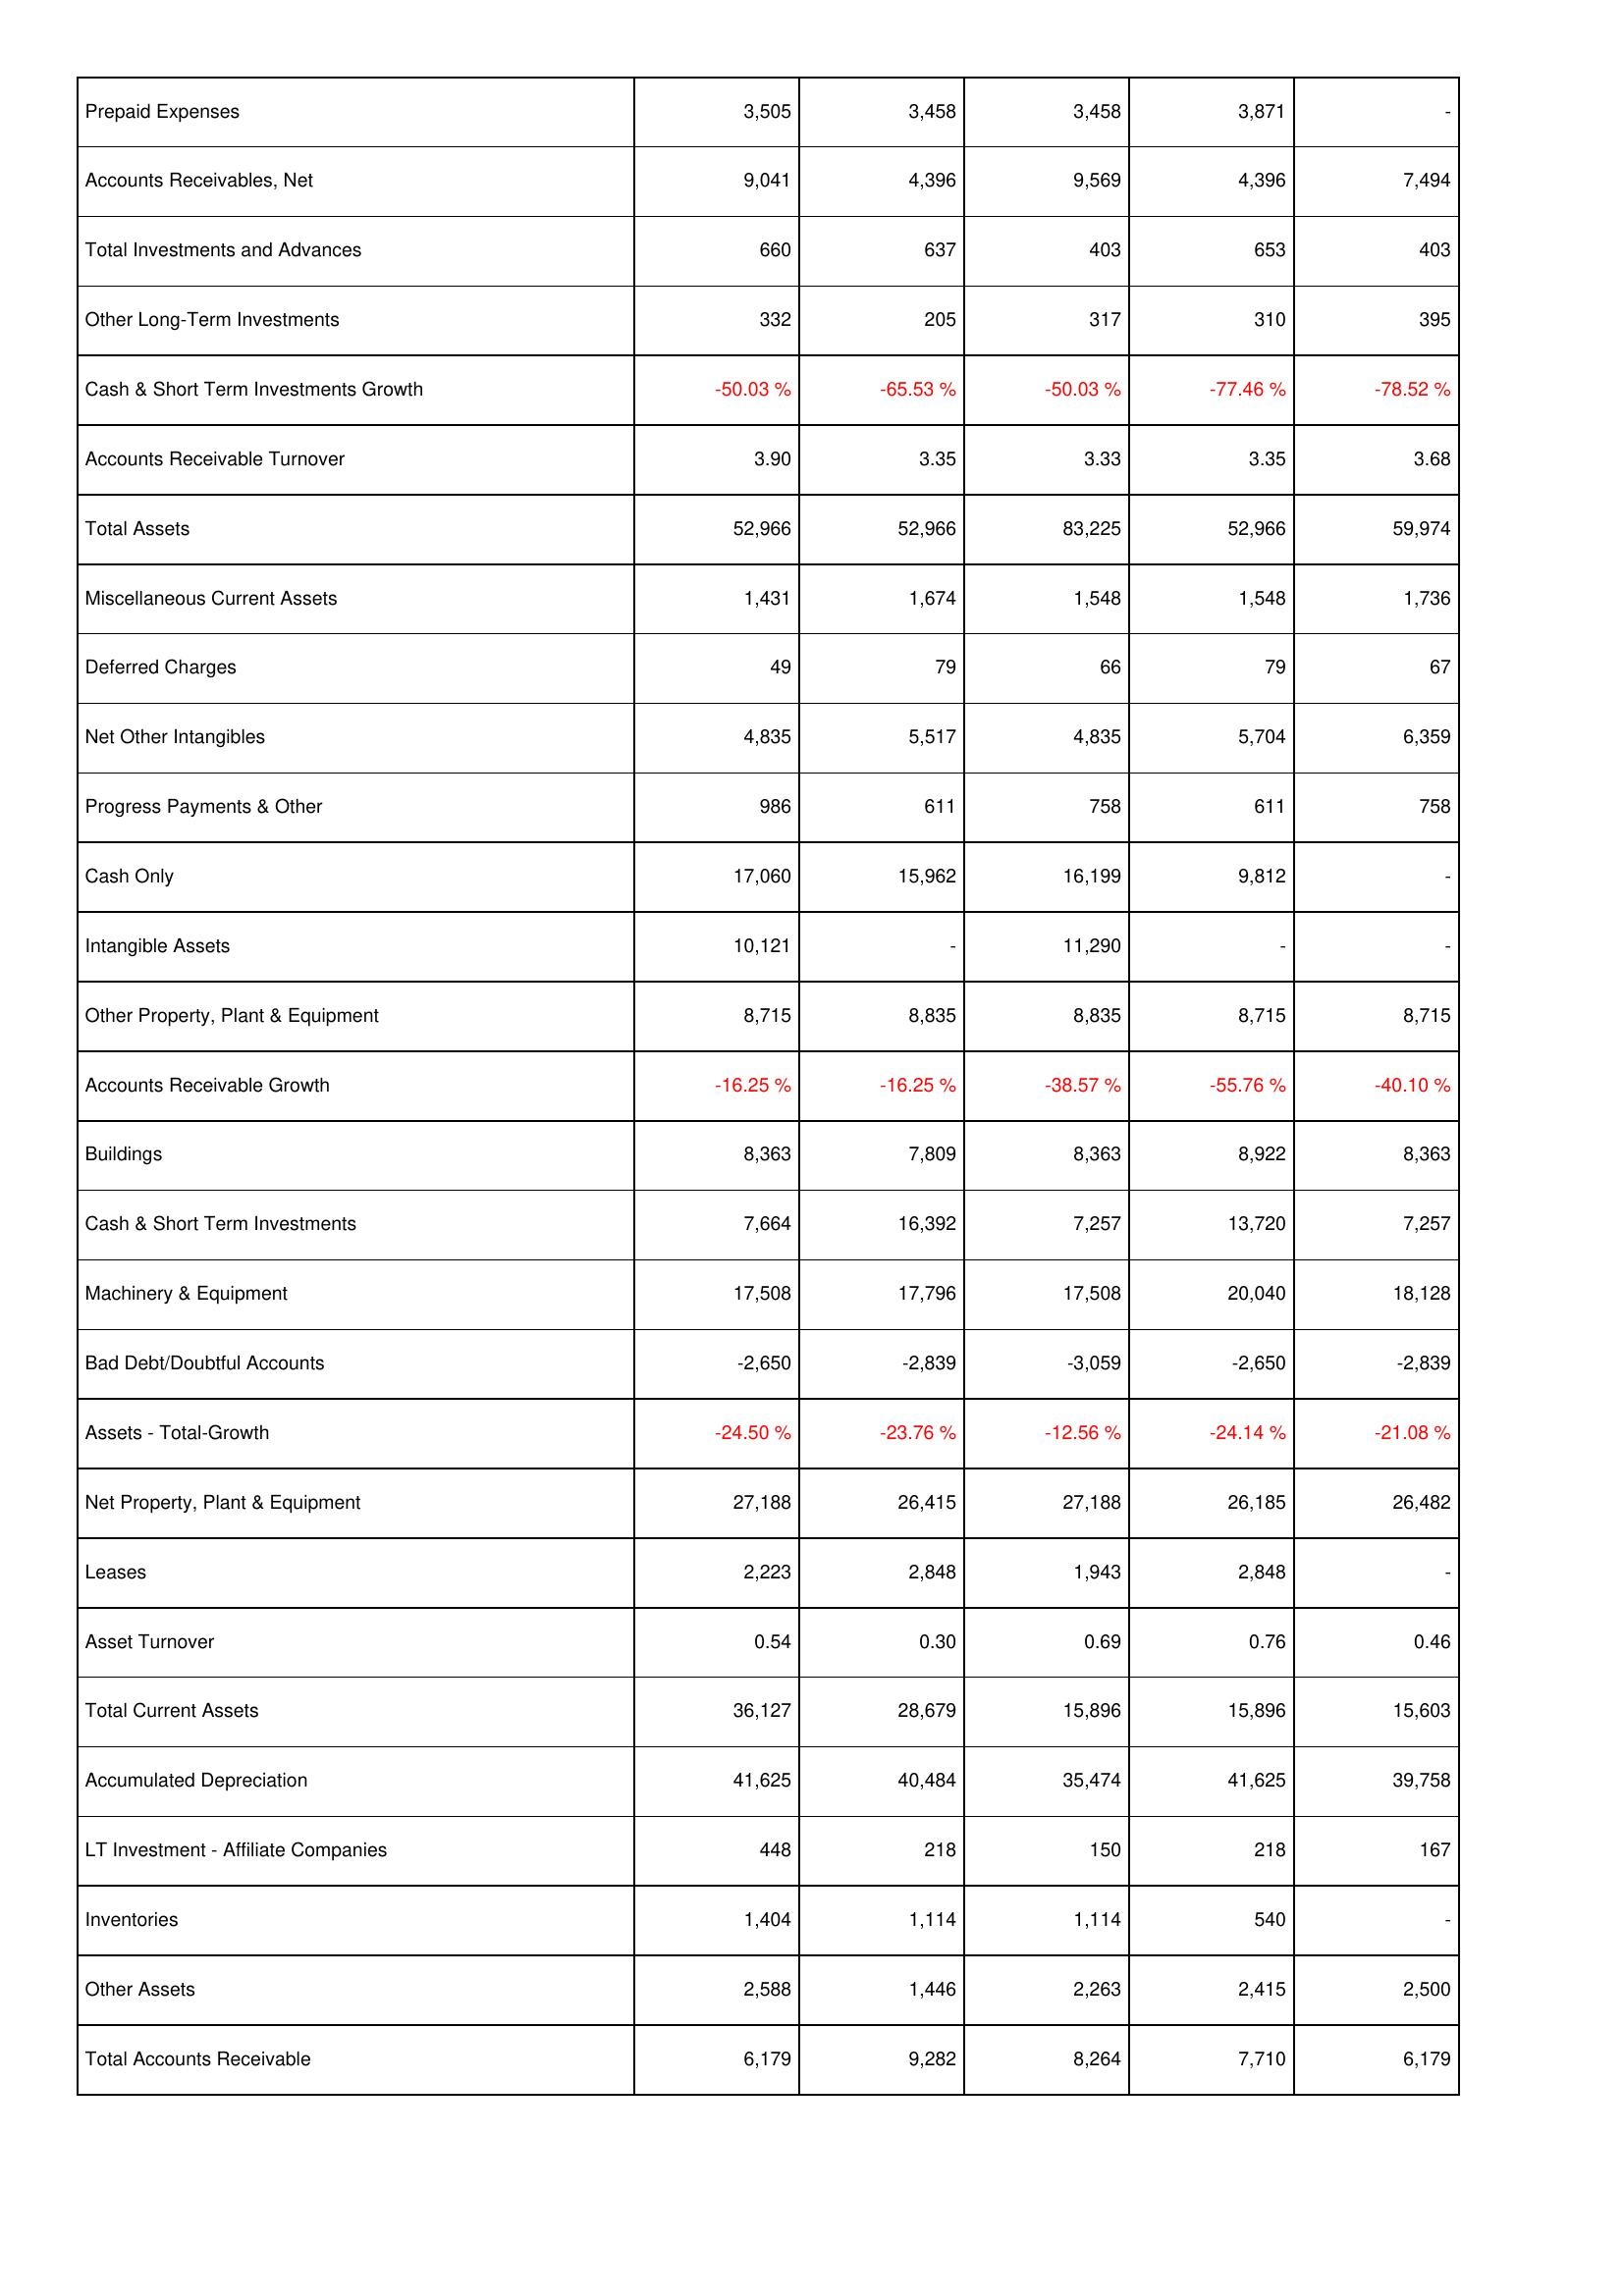
2016: Assets: Prepaid Expenses: 3,505
Accounts Receivables, Net: 9,041
Total Investments and Advances: 660
Other Long-Term Investments: 332
Cash & Short Term Investments Growth: -50.03 %
Accounts Receivable Turnover: 3.90
Total Assets: 52,966
Miscellaneous Current Assets: 1,431
Deferred Charges: 49
Net Other Intangibles: 4,835
Progress Payments & Other: 986
Cash Only: 17,060
Intangible Assets: 10,121
Other Property, Plant & Equipment: 8,715
Accounts Receivable Growth: -16.25 %
Buildings: 8,363
Cash & Short Term Investments: 7,664
Machinery & Equipment: 17,508
Bad Debt/Doubtful Accounts: -2,650
Assets - Total-Growth: -24.50 %
Net Property, Plant & Equipment: 27,188
Leases: 2,223
Asset Turnover: 0.54
Total Current Assets: 36,127
Accumulated Depreciation: 41,625
LT Investment - Affiliate Companies: 448
Inventories: 1,404
Other Assets: 2,588
Total Accounts Receivable: 6,179
2015: Assets: Prepaid Expenses: 3,458
Accounts Receivables, Net: 4,396
Total Investments and Advances: 637
Other Long-Term Investments: 205
Cash & Short Term Investments Growth: -65.53 %
Accounts Receivable Turnover: 3.35
Total Assets: 52,966
Miscellaneous Current Assets: 1,674
Deferred Charges: 79
Net Other Intangibles: 5,517
Progress Payments & Other: 611
Cash Only: 15,962
Intangible Assets: -
Other Property, Plant & Equipment: 8,835
Accounts Receivable Growth: -16.25 %
Buildings: 7,809
Cash & Short Term Investments: 16,392
Machinery & Equipment: 17,796
Bad Debt/Doubtful Accounts: -2,839
Assets - Total-Growth: -23.76 %
Net Property, Plant & Equipment: 26,415
Leases: 2,848
Asset Turnover: 0.30
Total Current Assets: 28,679
Accumulated Depreciation: 40,484
LT Investment - Affiliate Companies: 218
Inventories: 1,114
Other Assets: 1,446
Total Accounts Receivable: 9,282
2014: Assets: Prepaid Expenses: 3,458
Accounts Receivables, Net: 9,569
Total Investments and Advances: 403
Other Long-Term Investments: 317
Cash & Short Term Investments Growth: -50.03 %
Accounts Receivable Turnover: 3.33
Total Assets: 83,225
Miscellaneous Current Assets: 1,548
Deferred Charges: 66
Net Other Intangibles: 4,835
Progress Payments & Other: 758
Cash Only: 16,199
Intangible Assets: 11,290
Other Property, Plant & Equipment: 8,835
Accounts Receivable Growth: -38.57 %
Buildings: 8,363
Cash & Short Term Investments: 7,257
Machinery & Equipment: 17,508
Bad Debt/Doubtful Accounts: -3,059
Assets - Total-Growth: -12.56 %
Net Property, Plant & Equipment: 27,188
Leases: 1,943
Asset Turnover: 0.69
Total Current Assets: 15,896
Accumulated Depreciation: 35,474
LT Investment - Affiliate Companies: 150
Inventories: 1,114
Other Assets: 2,263
Total Accounts Receivable: 8,264
2013: Assets: Prepaid Expenses: 3,871
Accounts Receivables, Net: 4,396
Total Investments and Advances: 653
Other Long-Term Investments: 310
Cash & Short Term Investments Growth: -77.46 %
Accounts Receivable Turnover: 3.35
Total Assets: 52,966
Miscellaneous Current Assets: 1,548
Deferred Charges: 79
Net Other Intangibles: 5,704
Progress Payments & Other: 611
Cash Only: 9,812
Intangible Assets: -
Other Property, Plant & Equipment: 8,715
Accounts Receivable Growth: -55.76 %
Buildings: 8,922
Cash & Short Term Investments: 13,720
Machinery & Equipment: 20,040
Bad Debt/Doubtful Accounts: -2,650
Assets - Total-Growth: -24.14 %
Net Property, Plant & Equipment: 26,185
Leases: 2,848
Asset Turnover: 0.76
Total Current Assets: 15,896
Accumulated Depreciation: 41,625
LT Investment - Affiliate Companies: 218
Inventories: 540
Other Assets: 2,415
Total Accounts Receivable: 7,710
2012: Assets: Prepaid Expenses: -
Accounts Receivables, Net: 7,494
Total Investments and Advances: 403
Other Long-Term Investments: 395
Cash & Short Term Investments Growth: -78.52 %
Accounts Receivable Turnover: 3.68
Total Assets: 59,974
Miscellaneous Current Assets: 1,736
Deferred Charges: 67
Net Other Intangibles: 6,359
Progress Payments & Other: 758
Cash Only: -
Intangible Assets: -
Other Property, Plant & Equipment: 8,715
Accounts Receivable Growth: -40.10 %
Buildings: 8,363
Cash & Short Term Investments: 7,257
Machinery & Equipment: 18,128
Bad Debt/Doubtful Accounts: -2,839
Assets - Total-Growth: -21.08 %
Net Property, Plant & Equipment: 26,482
Leases: -
Asset Turnover: 0.46
Total Current Assets: 15,603
Accumulated Depreciation: 39,758
LT Investment - Affiliate Companies: 167
Inventories: -
Other Assets: 2,500
Total Accounts Receivable: 6,179